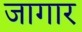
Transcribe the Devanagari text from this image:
जागार